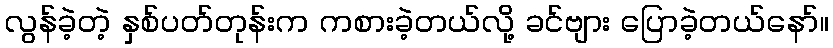
လွန်ခဲ့တဲ့ နှစ်ပတ်တုန်းက ကစားခဲ့တယ်လို့ ခင်ဗျား ပြောခဲ့တယ်နော်။